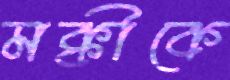
মক্কীকে